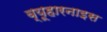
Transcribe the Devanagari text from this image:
ब्यूहारनाइस